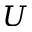
U